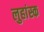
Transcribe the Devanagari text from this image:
लुहांस्क